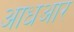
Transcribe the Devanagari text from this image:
आधआर